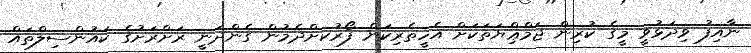
ނާއިފު ވިދަޅުވީ މީގެ ކުރިން ޖަމްޢިްޔަތަކަށް އެހީތެރިކަން ފޯރުކށްދެމުން ގެންދަނީ ރަށްރަށުގެ ކައުންސިލްތައް